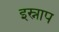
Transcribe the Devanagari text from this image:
इस्नाप